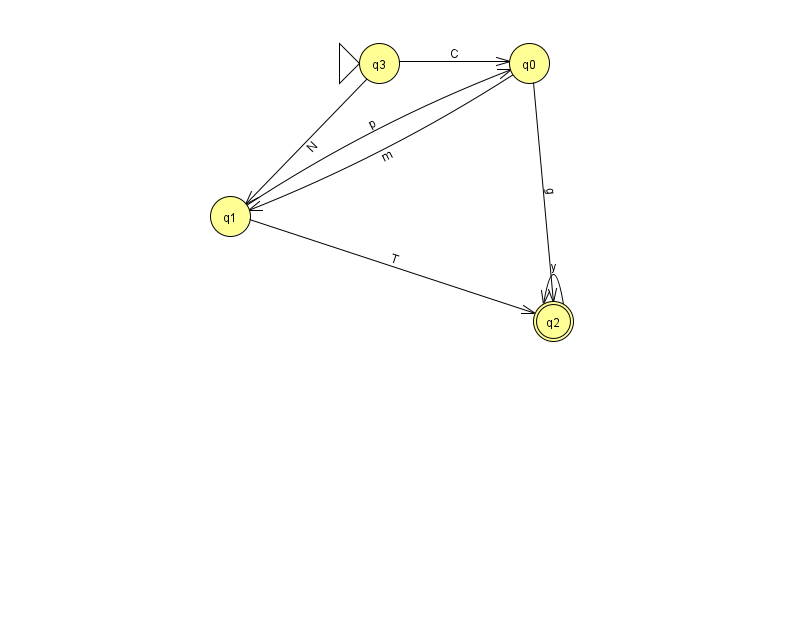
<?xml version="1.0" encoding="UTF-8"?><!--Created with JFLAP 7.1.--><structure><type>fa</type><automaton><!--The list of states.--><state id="0" name="q0"><x>529.0</x><y>50.0</y></state><state id="1" name="q1"><x>230.0</x><y>203.0</y></state><state id="2" name="q2"><x>553.0</x><y>308.0</y><final/></state><state id="3" name="q3"><x>379.0</x><y>50.0</y><initial/></state><!--The list of transitions.--><transition><from>1</from><to>2</to><read>T</read></transition><transition><from>0</from><to>2</to><read>g</read></transition><transition><from>3</from><to>1</to><read>N</read></transition><transition><from>1</from><to>0</to><read>p</read></transition><transition><from>2</from><to>2</to><read>y</read></transition><transition><from>0</from><to>1</to><read>m</read></transition><transition><from>3</from><to>0</to><read>C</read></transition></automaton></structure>